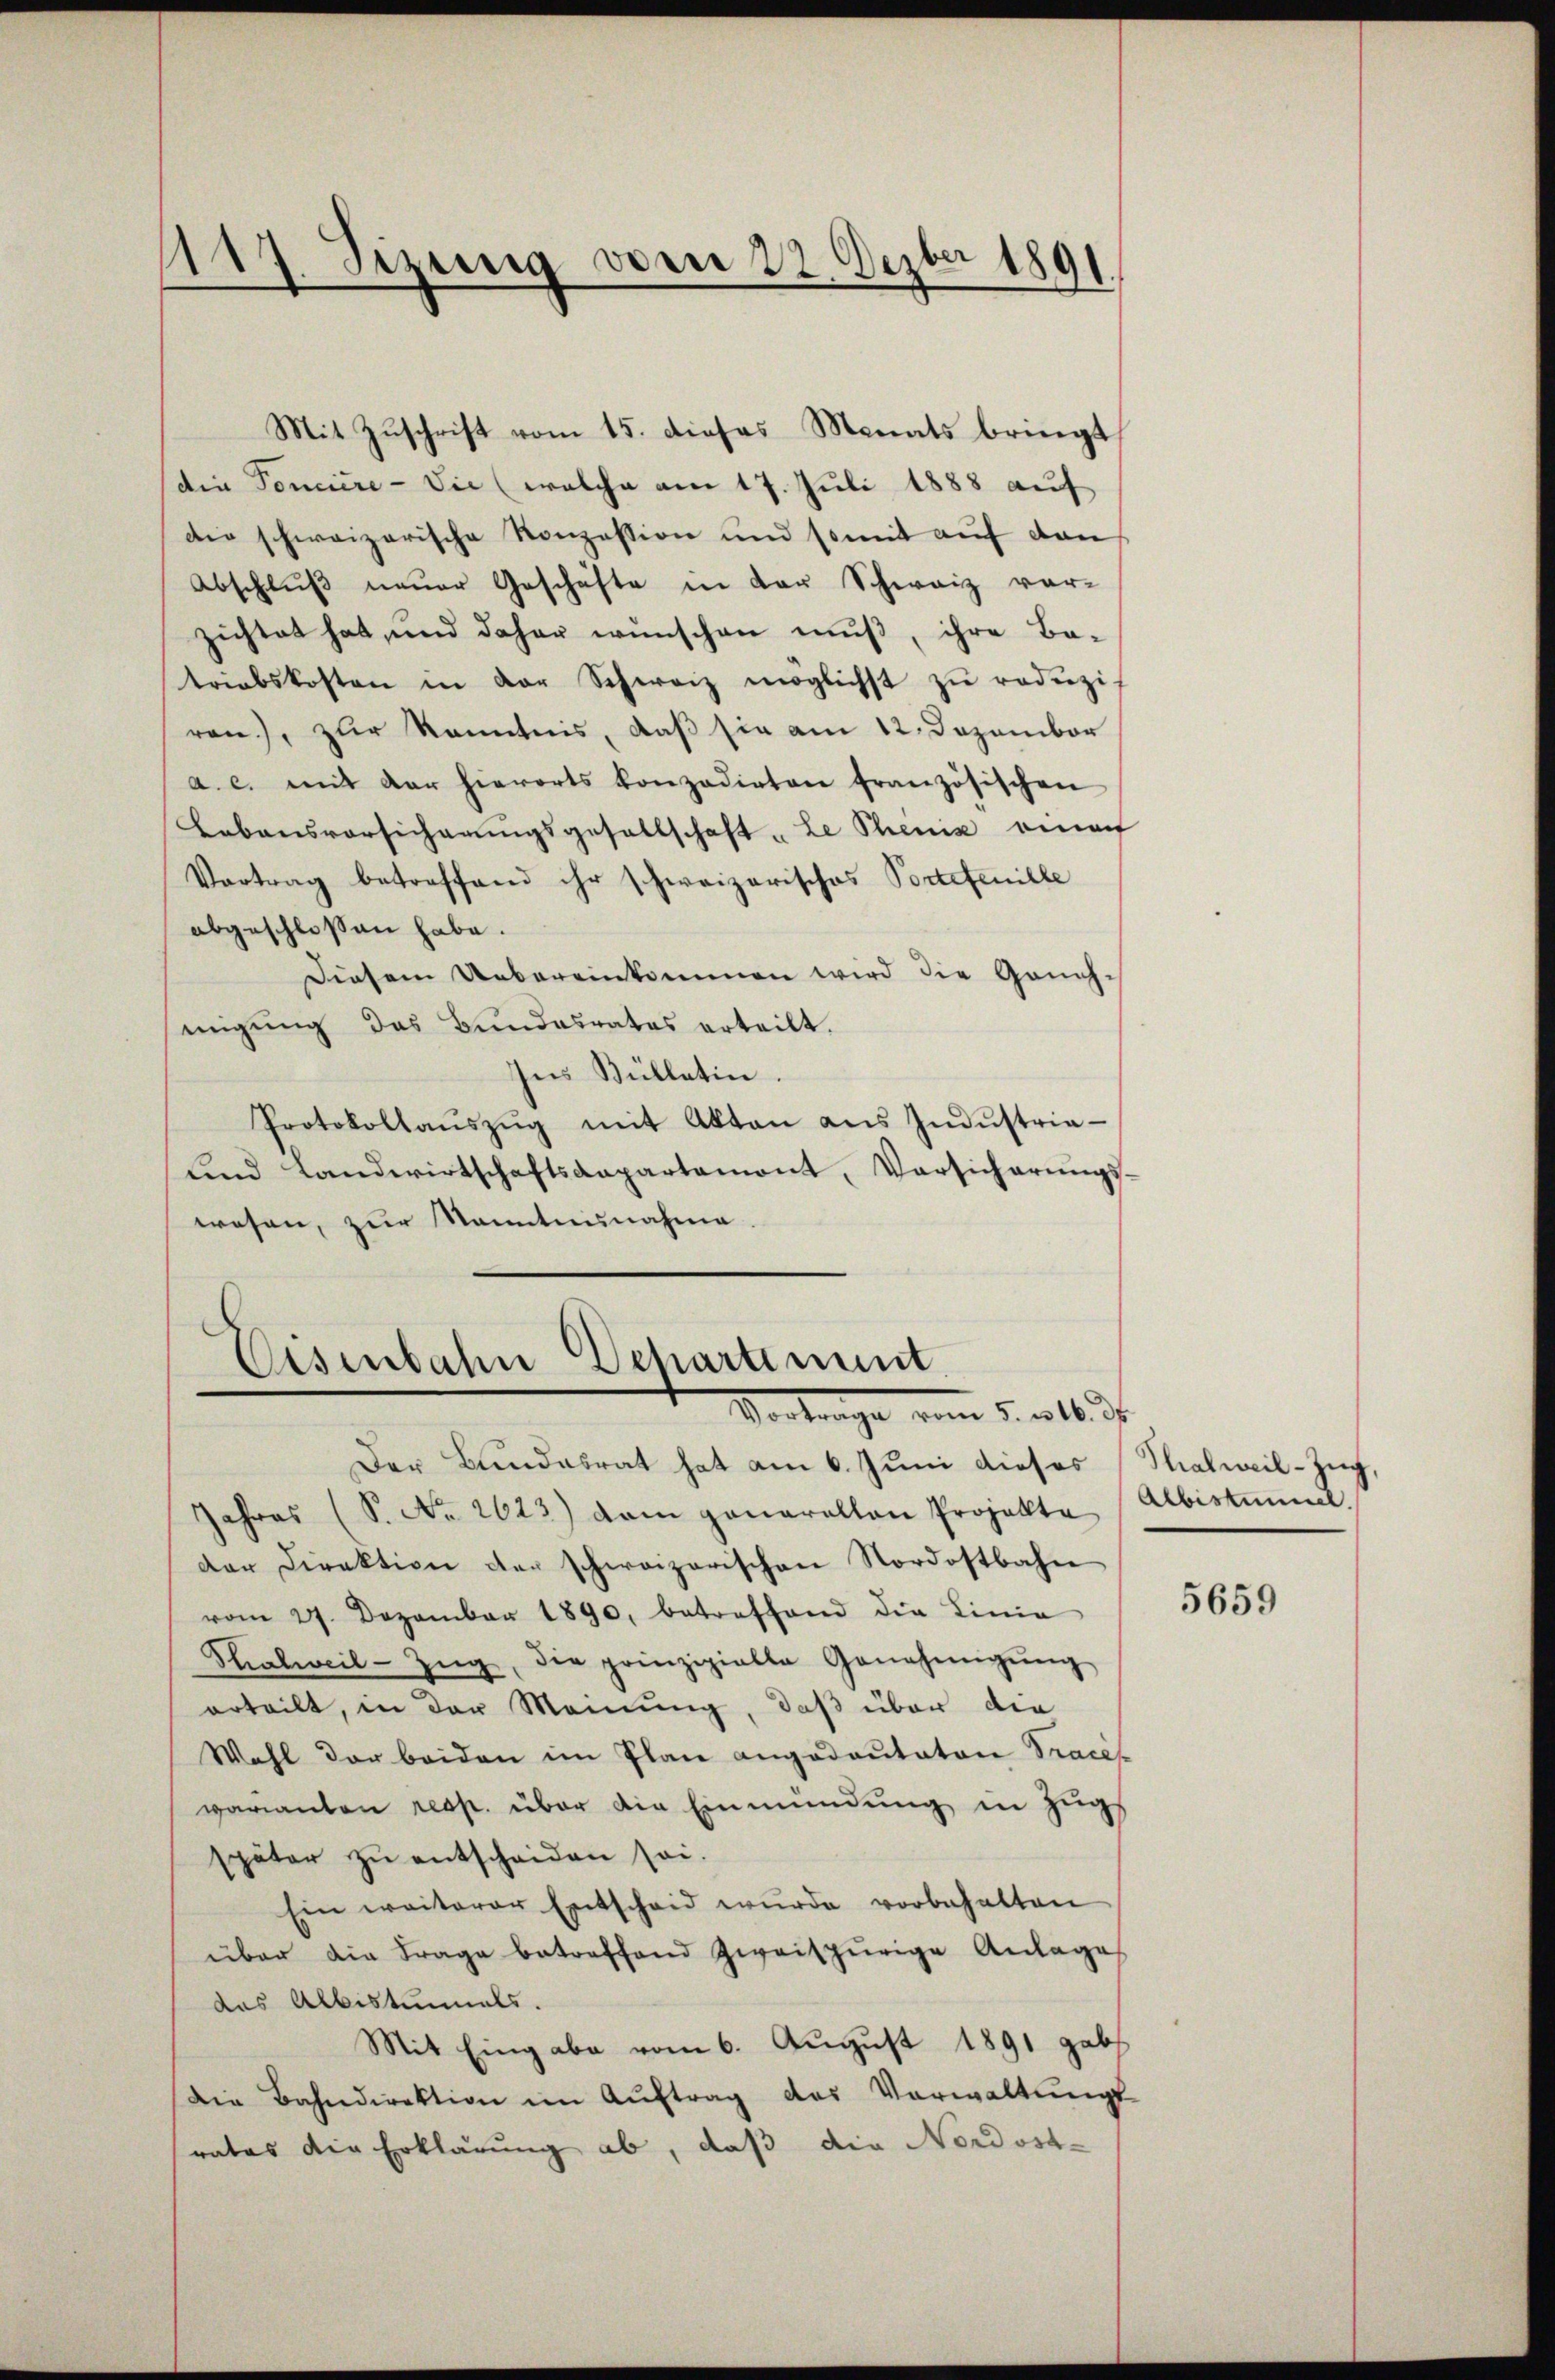
117. Sizung vom 22. Dezbr 1891.

Eisenbahn Departement.
Vertrage vom 5. 16. ds.

Mit Zuschrift vom 15. dieses Monats bringt,
die Toncière-Vie (welche am 17. Juli 1888 auf
die schweizerische Konzession und somit auf den
Abschlŭβ neŭer Geschäfte in der Schweiz vor-
zichtet hat, und daher wünschen muß, ihre Be-
triebskosten in der Schweiz möglichst zŭ redŭzi-
ren), zur Kenntnis, daß sie am 12. Dezember
a. c. mit der hierorts konzedirten französischen
Lebensvorsicherŭngsgesellschaft „Le Pheniz einauf
Vortrag betreffend ihr schweizerisches Portetenille
abgeschlossen habe.
Diesem Uebereinkommen wird die Geneh-
migung des Bundesrates erteilt.
Ins Bülletin
Protokollaŭszŭg mit Akten ans Indŭstria-
Lind Landwirtschaftskapartemont, Versicherŭngs-
wesen, zur Kenntnisnahme

Der Bundesrat hat am 6. Juni dieses Stalweil-Zug
Jahres (S. No. 2623) dem genarallen Projekte Albistimmel,
dar Direktion der schweizerischen Nordostbahn
vom 27. Dezember 1890, betreffend die Linie
Thalweil-Zŭg, die prinzipielte Genehmigŭng
erteilt, in der Meinung, daß über die
Wahl der beiden im Plan angedeutaten Tracef
varianten resp. über die Einmündung in Zugs
später zŭ entscheiden sei.
Ein weiterer Entscheid wurde vorbehalten
über die Frage betreffend zweispurige Anlages
das Albistunnels.
Mit Eingabe vom 6. August 1891 gabs
Die Bahndirektion im Auftrag des Verwaltungs-
rates die Erklärung ab, daß die Nordost¬

5659